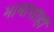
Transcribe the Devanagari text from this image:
भामाशाहों